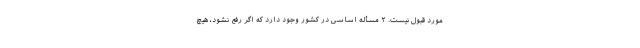
مورد قبول نیست. ۲ مسأله اساسی در کشور وجود دارد که اگر رفع نشود، هیچ